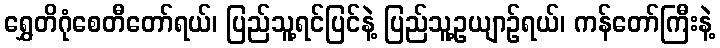
ရွှေတိဂုံစေတီတော်ရယ်၊ ပြည်သူ့ရင်ပြင်နဲ့ ပြည်သူ့ဥယျာဉ်ရယ်၊ ကန်တော်ကြီးနဲ့